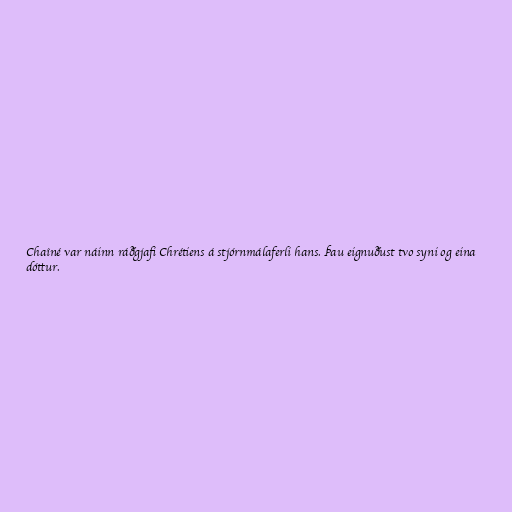
Chaîné var náinn ráðgjafi Chrétiens á stjórnmálaferli hans. Þau eignuðust tvo syni og eina
dóttur.